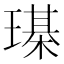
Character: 𤩒